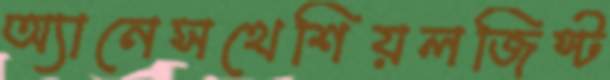
অ্যানেসথেশিয়লজিস্ট